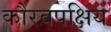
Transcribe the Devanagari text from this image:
कौरवपक्षिय